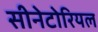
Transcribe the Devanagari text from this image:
सीनेटोरियल